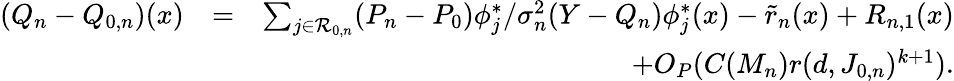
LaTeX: \begin{array}{rlr}{(Q_{n}-Q_{0,n})(x)}&{=}&{\sum_{j\in{\cal R}_{0,n}}(P_{n}-P_{0})\phi_{j}^{*}/\sigma_{n}^{2}(Y-{Q_{n}})\phi_{j}^{*}(x)-\tilde{r}_{n}(x)+R_{n,1}(x)}\\ &{}&{+O_{P}(C(M_{n})r(d,J_{0,n})^{k+1}).}\end{array}